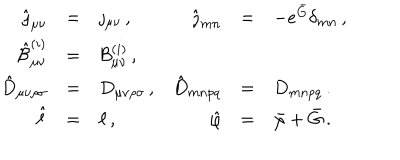
LaTeX: \begin{array} { r c l r c l } { { \hat { \jmath } _ { \mu \nu } } } & { { = } } & { { \jmath _ { \mu \nu } \, , } } & { { \hat { \jmath } _ { m n } } } & { { = } } & { { - e ^ { \bar { G } } \delta _ { m n } \, , } } \\ { { \hat { { \cal B } } _ { \mu \nu } ^ { ( i ) } } } & { { = } } & { { { \cal B } _ { \mu \nu } ^ { ( i ) } \, , } } & { { } } & { { } } & { { } } \\ { { \hat { D } _ { \mu \nu \rho \sigma } } } & { { = } } & { { D _ { \mu \nu \rho \sigma } \, , } } & { { \hat { D } _ { m n p q } } } & { { = } } & { { D _ { m n p q } \, . } } \\ { { \hat { \ell } } } & { { = } } & { { \ell \, , } } & { { \hat { \varphi } } } & { { = } } & { { \bar { \varphi } + \bar { G } \, . } } \\ \end{array}